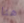
هنا